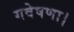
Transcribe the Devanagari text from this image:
गवेषणा।